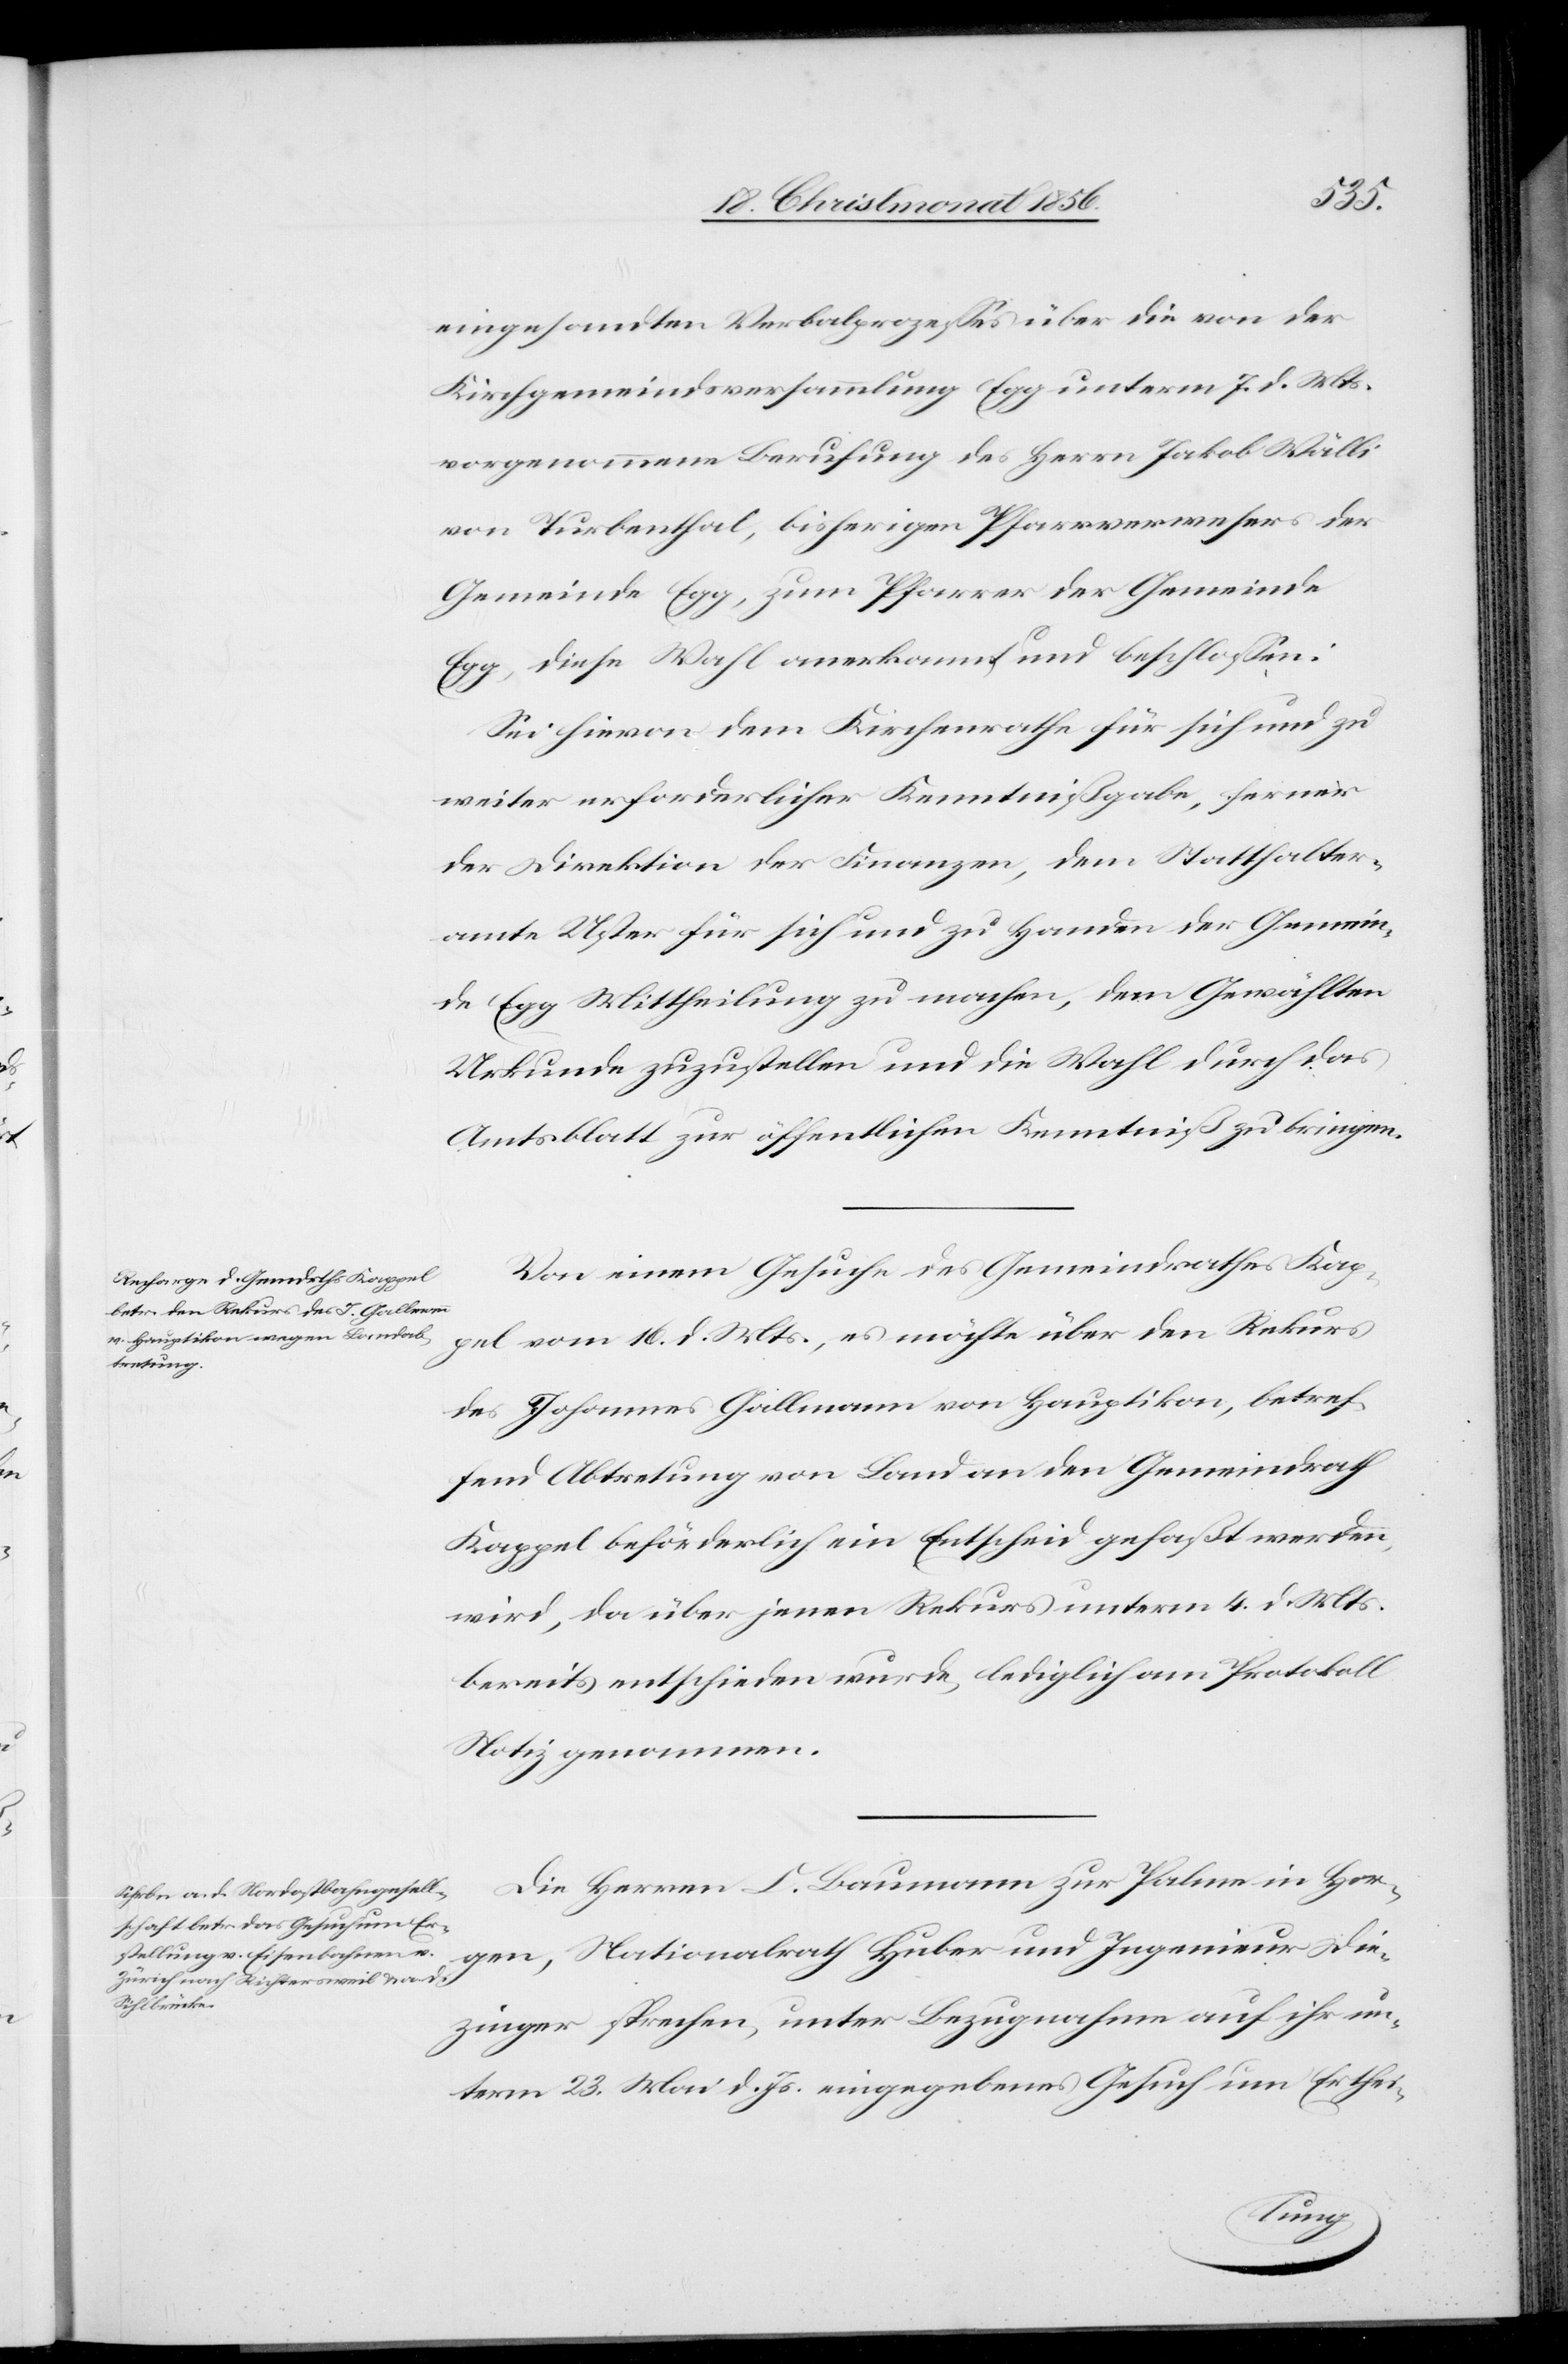
eingesandten Verbalprozesses über die von der
Kirchgemeindsversammlung Egg unterm 7. d. Mts.
vorgenommene Berufung des Herrn Jakob Wälli
von Turbenthal, bisherigen Pfarrverwesers der
Gemeinde Egg, zum Pfarrer der Gemeinde
Egg, diese Wahl anerkannt und beschlossen:
Sei hievon dem Kirchenrathe für sich und zu
weiter erforderlicher Kenntnißgabe, ferner
der Direktion der Finanzen, dem Statthalter¬
amte Uster für sich und zu Handen der Gemein¬
de Egg Mittheilung zu machen, dem Gewählten
Urkunde zuzustellen und die Wahl durch das
Amtsblatt zur öffentlichen Kenntniß zu bringen.
Von einem Gesuche des Gemeindrathes Kap¬
pel vom 16. d. Mts., es möchte über den Rekurs
des Johannes Gallmann von Hauptikon, betref¬
fend Abtretung von Land an den Gemeindrath
Kappel beförderlich ein Entscheid gefaßt werden,
wird, da über jenen Rekurs unterm 4. d. Mts.
bereits entschieden wurde, lediglich am Protokoll
Notiz genommen.
Die Herren C. Baumann zur Palme in Hor¬
gen, Nationalrath Huber und Ingenieur Die¬
zinger sprechen, unter Bezugnahme auf ihr un¬
term 23. Mai d. Js. eingegebenes Gesuch um Erthei-